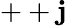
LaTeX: ++\mathbf{j}